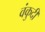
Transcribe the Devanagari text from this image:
वंकुदी